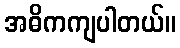
အဓိကကျပါတယ်။